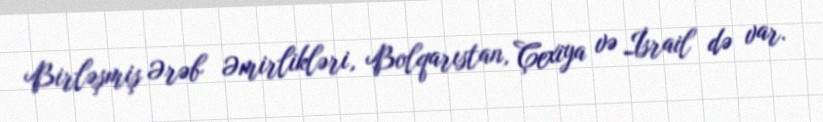
Birləşmiş Ərəb Əmirlikləri, Bolqarıstan, Çexiya və İsrail də var.